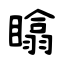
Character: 䁯